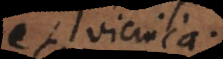
et vicinia.